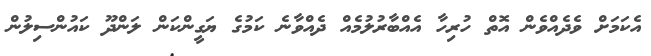
އެކަމަށް ވެދެއްވެން އޮތް ހުރިހާ އެއްބާރުލުމެއް ދެއްވާނެ ކަމުގެ ޔަގީންކަން ލަންދޫ ކައުންސިލުން